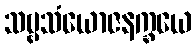
သဗ္ဗသံယောဇနက္ခယေ